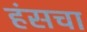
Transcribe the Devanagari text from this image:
हंसचा